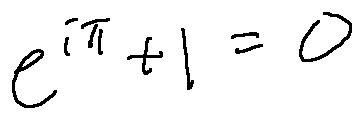
e ^ { i \pi } + 1 = 0